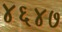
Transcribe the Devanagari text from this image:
४६४७